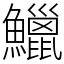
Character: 鱲